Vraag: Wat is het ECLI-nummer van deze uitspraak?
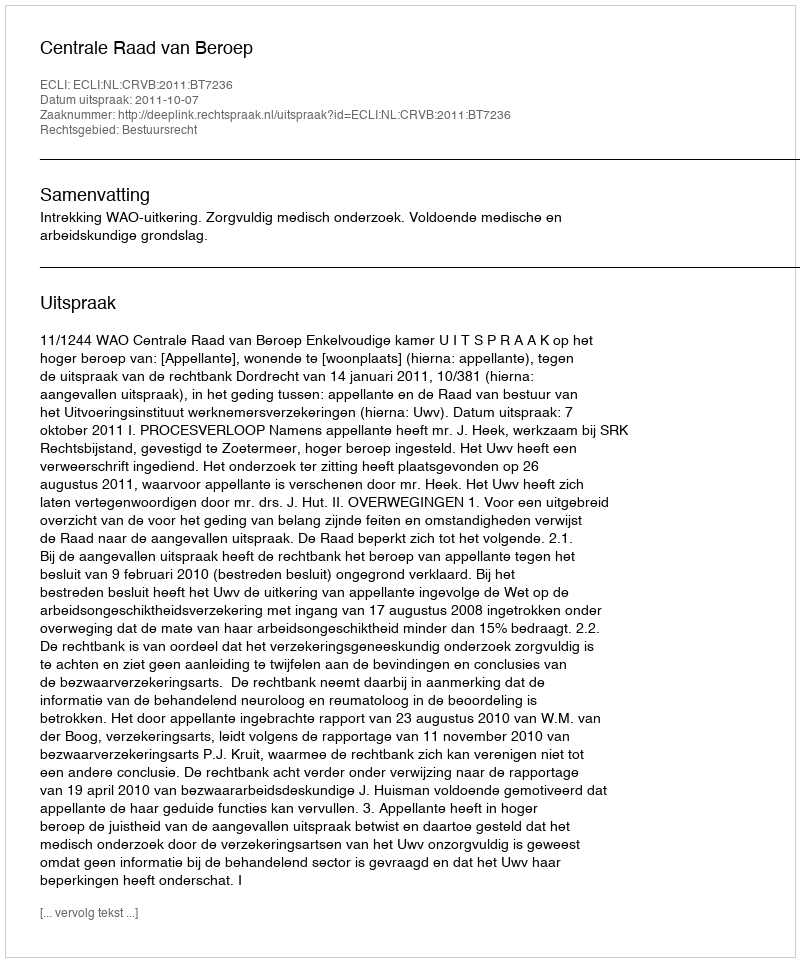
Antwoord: ECLI:NL:CRVB:2011:BT7236